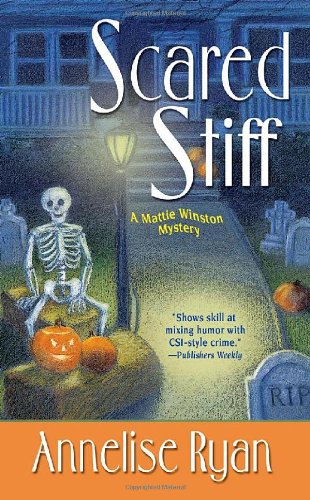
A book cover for Scared Stiff (Mattie Winston Mysteries); Annelise Ryan; Literature & Fiction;